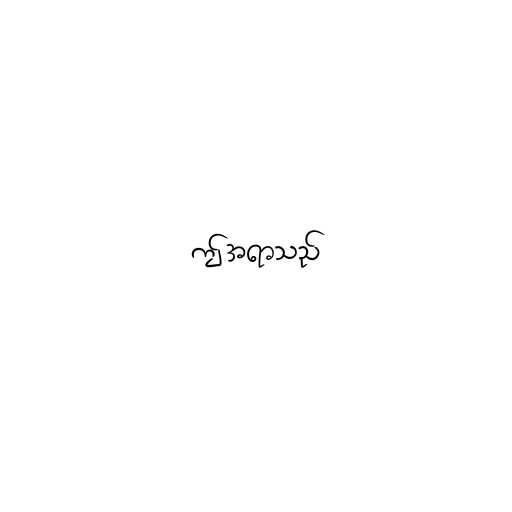
ဤအရာသည်